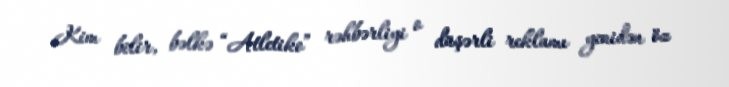
Kim bilir, bəlkə “Atletiko” rəhbərliyi o düşərli reklamı yenidən öz